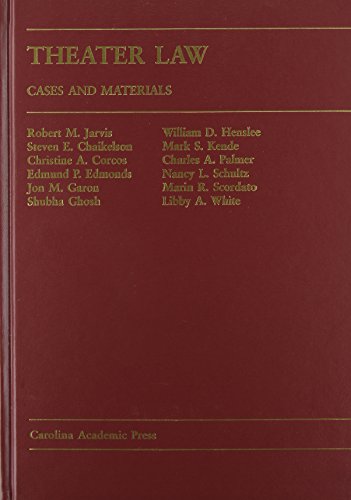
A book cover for Theater Law: Cases and Materials; Robert M. Jarvis; Law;